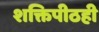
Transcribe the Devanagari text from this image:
शक्तिपीठही